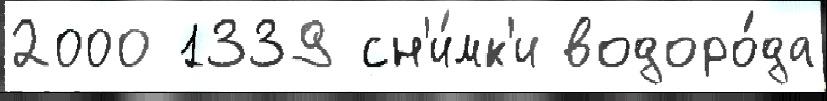
2000 1339 сн'и́мк'и водоро́да